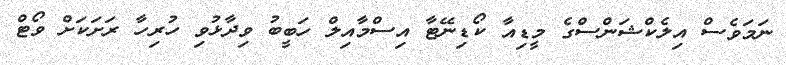
ނަމަވެސް އިލެކްޝަންސްގެ މީޑިއާ ކޯޑިނޭޓާ އިސްމާއިލް ހަބީބު ވިދާޅުވި ހުރިހާ ރަށަކަށް ވޯޓް